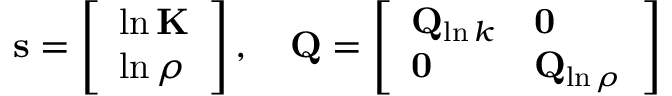
\mathbf { s } = \left[ \begin{array} { l } { \ln \mathbf { K } } \\ { \ln \boldsymbol { \rho } } \end{array} \right] , \quad \mathbf { Q } = \left[ \begin{array} { l l } { \mathbf { Q } _ { \ln k } } & { \mathbf { 0 } } \\ { \mathbf { 0 } } & { \mathbf { Q } _ { \ln \rho } } \end{array} \right]